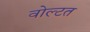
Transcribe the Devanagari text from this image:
वोल्टत